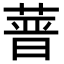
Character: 𦵻